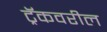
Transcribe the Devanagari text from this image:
ट्रॅकवरील